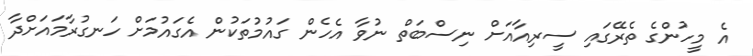
އެ މީހުންގެ ތެރޭގައި ސީރިއާއަށް ނިސްބަތް ނުވާ އެހެން ގައުމުތަކުން އެގައުމަށް ހަނގުރާމައަށްދާ